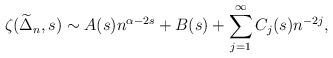
LaTeX: \begin{align*}\zeta(\widetilde{\Delta}_n,s) \sim A(s)n^{\alpha-2s}+B(s) + \sum_{j=1}^\infty C_j(s)n^{-2j}, \end{align*}